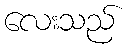
လေးသည်